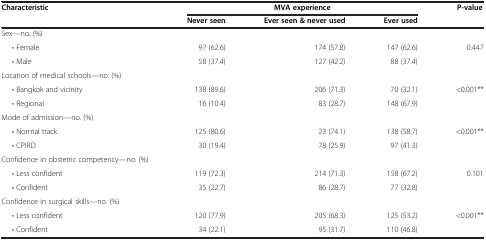
<table><thead><tr><td rowspan="2"><b>Characteristic</b></td><td colspan="3"><b>MVA experience</b></td><td rowspan="2"><b>P-value</b></td></tr><tr><td><b>Never seen</b></td><td><b>Ever seen &amp;never used</b></td><td><b>Ever used</b></td></tr></thead><tbody><tr><td>Sex—no. (%)</td><td> </td><td> </td><td> </td><td> </td></tr><tr><td>• Female</td><td>97 (62.6)</td><td>174 (57.8)</td><td>147 (62.6)</td><td>0.447</td></tr><tr><td>• Male</td><td>58 (37.4)</td><td>127 (42.2)</td><td>88 (37.4)</td><td> </td></tr><tr><td>Location of medical schools—no. (%)</td><td> </td><td> </td><td> </td><td> </td></tr><tr><td>• Bangkok and vicinity</td><td>138 (89.6)</td><td>206 (71.3)</td><td>70 (32.1)</td><td>&lt;0.001**</td></tr><tr><td>• Regional</td><td>16 (10.4)</td><td>83 (28.7)</td><td>148 (67.9)</td><td> </td></tr><tr><td>Mode of admission—no. (%)</td><td> </td><td> </td><td> </td><td> </td></tr><tr><td>• Normal track</td><td>125 (80.6)</td><td>23 (74.1)</td><td>138 (58.7)</td><td>&lt;0.001**</td></tr><tr><td>• CPIRD</td><td>30 (19.4)</td><td>78 (25.9)</td><td>97 (41.3)</td><td> </td></tr><tr><td>Confidence in obstetric competency—no. (%)</td><td> </td><td> </td><td> </td><td> </td></tr><tr><td>• Less confident</td><td>119 (72.3)</td><td>214 (71.3)</td><td>158 (67.2)</td><td>0.101</td></tr><tr><td>• Confident</td><td>35 (22.7)</td><td>86 (28.7)</td><td>77 (32.8)</td><td> </td></tr><tr><td>Confidence in surgical skills—no. (%)</td><td> </td><td> </td><td> </td><td> </td></tr><tr><td>• Less confident</td><td>120 (77.9)</td><td>205 (68.3)</td><td>125 (53.2)</td><td>&lt;0.001**</td></tr><tr><td>• Confident</td><td>34 (22.1)</td><td>95 (31.7)</td><td>110 (46.8)</td><td> </td></tr></tbody></table>